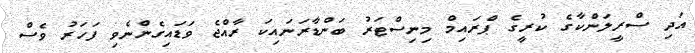
އަދި ސްރީލަންކާގެ ކުރީގެ ޕްރައިމް މިނިސްޓަރު ބަންޑާރަނައިކަ ރާއްޖެ ވަޑައިގެންނެވި ފަހަރު ވެސް